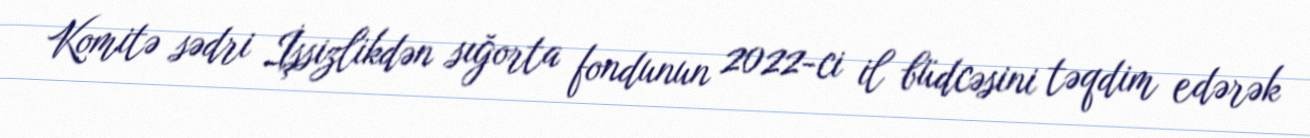
Komitə sədri İşsizlikdən sığorta fondunun 2022-ci il büdcəsini təqdim edərək